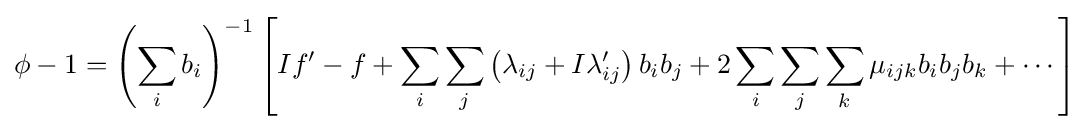
\phi -1=\left(\sum _{i}b_{i}\right)^{-1}\left[If'-f+\sum _{i}\sum _{j}\left(\lambda _{ij}+I\lambda '_{ij}\right)b_{i}b_{j}+2\sum _{i}\sum _{j}\sum _{k}\mu _{ijk}b_{i}b_{j}b_{k}+\cdots \right]